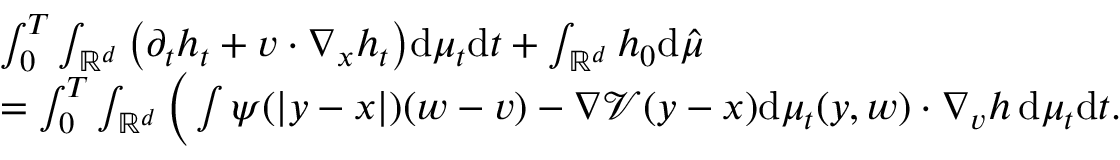
\begin{array} { r l } & { \int _ { 0 } ^ { T } \int _ { \mathbb R ^ { d } } \big ( \partial _ { t } h _ { t } + v \cdot \nabla _ { x } h _ { t } \big ) \mathrm d \mu _ { t } \mathrm d t + \int _ { \mathbb R ^ { d } } h _ { 0 } \mathrm d \hat { \mu } } \\ & { = \int _ { 0 } ^ { T } \int _ { \mathbb R ^ { d } } \Big ( \int \psi ( | y - x | ) ( w - v ) - \nabla \mathcal V ( y - x ) \mathrm d \mu _ { t } ( y , w ) \cdot \nabla _ { v } h \, \mathrm d \mu _ { t } \mathrm d t . } \end{array}